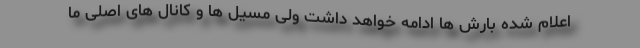
اعلام شده بارش ها ادامه خواهد داشت ولی مسیل ها و کانال های اصلی ما